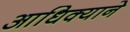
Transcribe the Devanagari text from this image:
आधिक्याने